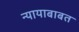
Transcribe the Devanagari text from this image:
न्यायाबाबत